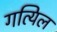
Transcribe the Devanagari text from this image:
गत्यिल